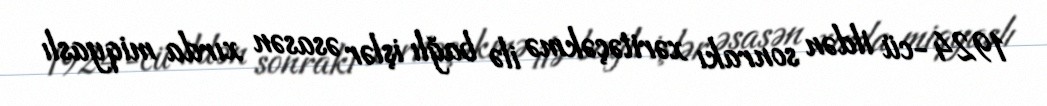
1924-cü ildən sonrakı xəritəçəkmə ilə bağlı işlər əsasən xırda miqyaslı